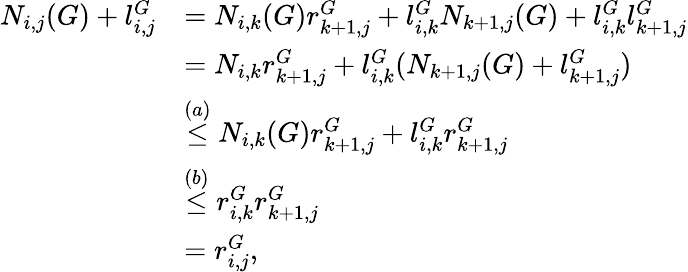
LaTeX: \begin{array}{rl}{N_{i,j}(G)+l_{i,j}^{G}}&{=N_{i,k}(G)r_{k+1,j}^{G}+l_{i,k}^{G}N_{k+1,j}(G)+l_{i,k}^{G}l_{k+1,j}^{G}}\\ &{=N_{i,k}r_{k+1,j}^{G}+l_{i,k}^{G}(N_{k+1,j}(G)+l_{k+1,j}^{G})}\\ &{\stackrel{(a)}{\leq}N_{i,k}(G)r_{k+1,j}^{G}+l_{i,k}^{G}r_{k+1,j}^{G}}\\ &{\stackrel{(b)}{\leq}r_{i,k}^{G}r_{k+1,j}^{G}}\\ &{=r_{i,j}^{G},}\end{array}